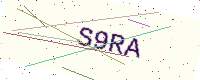
Text: S9RA